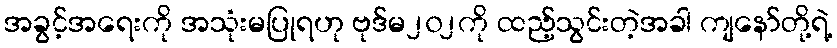
အခွင့်အရေးကို အသုံးမပြုရဟု ဗုဒ်မ၂၀၂ကို ထည့်သွင်းတဲ့အခါ ကျနော်တို့ရဲ့